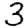
Digit: 3